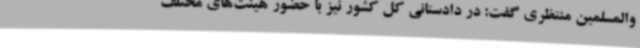
والمسلمین منتظری گفت: در دادستانی کل کشور نیز با حضور هیئت‌های مختلف